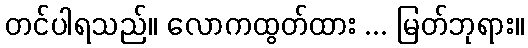
တင်ပါရသည်။ လောကထွတ်ထား ... မြတ်ဘုရား။